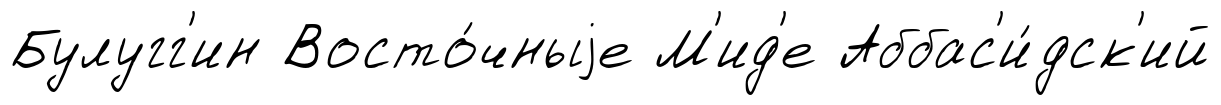
Булугг'ин Восто́чныjе М'ид'е Аббас'и́дск'ий